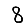
Digit: 8